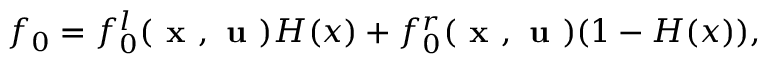
f _ { 0 } = f _ { 0 } ^ { l } ( \textbf { x } , \textbf { u } ) H ( x ) + f _ { 0 } ^ { r } ( \textbf { x } , \textbf { u } ) ( 1 - H ( x ) ) ,